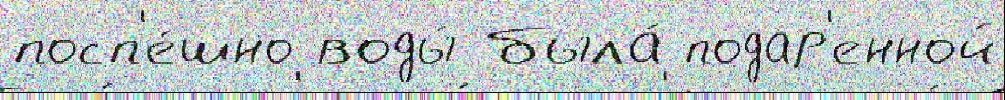
посп'е́шно воды́ была́ подар'енной